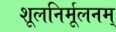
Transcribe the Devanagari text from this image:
शूलनिर्मूलनम्